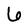
Character: 6